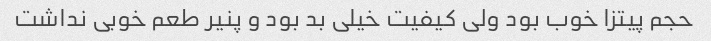
حجم پیتزا خوب بود ولی کیفیت خیلی بد بود و پنیر طعم خوبی نداشت